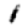
Digit: 1